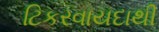
ટિકરવાયદાથી